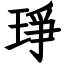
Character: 琤